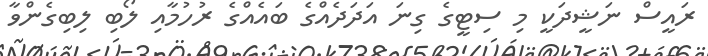
ރައީސް ނަޝީދަކީ މި ސިޓީގެ ގިނަ އަދަދެއްގެ ބައެއްގެ ރުހުމާއި ލޯބި ލިބިގެންވާ